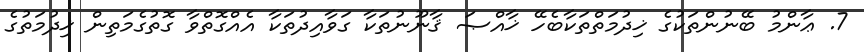
7. ޢާންމު ބޭނުންތަކުގެ ޚިދުމަތްތަކާބެހޭ ޚާއްޞަ ޤާނޫނުތަކާ ގަވާއިދުތަކާ އެއްގޮތްވާ ގޮތުގެމަތިން ޚިދުމަތުގެ